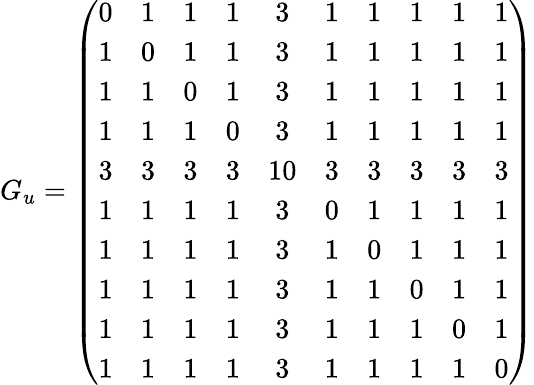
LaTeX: G_{u}=\left(\begin{array}{cccccccccc}{0}&{1}&{1}&{1}&{3}&{1}&{1}&{1}&{1}&{1}\\ {1}&{0}&{1}&{1}&{3}&{1}&{1}&{1}&{1}&{1}\\ {1}&{1}&{0}&{1}&{3}&{1}&{1}&{1}&{1}&{1}\\ {1}&{1}&{1}&{0}&{3}&{1}&{1}&{1}&{1}&{1}\\ {3}&{3}&{3}&{3}&{10}&{3}&{3}&{3}&{3}&{3}\\ {1}&{1}&{1}&{1}&{3}&{0}&{1}&{1}&{1}&{1}\\ {1}&{1}&{1}&{1}&{3}&{1}&{0}&{1}&{1}&{1}\\ {1}&{1}&{1}&{1}&{3}&{1}&{1}&{0}&{1}&{1}\\ {1}&{1}&{1}&{1}&{3}&{1}&{1}&{1}&{0}&{1}\\ {1}&{1}&{1}&{1}&{3}&{1}&{1}&{1}&{1}&{0}\end{array}\right)